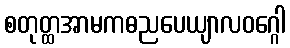
စတုတ္ထအာမကဓညပေယျာလဝဂ္ဂေါ